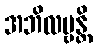
အဘိလမ္ဗန္တိ